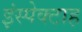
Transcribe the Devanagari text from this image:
इंस्पेक्टाह